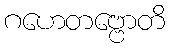
ဂဟေတဗ္ဗောတိ